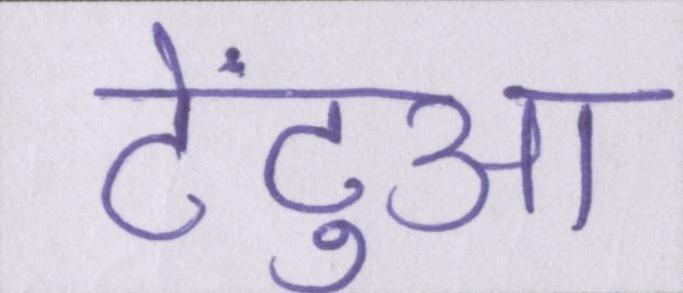
टेंटुआ